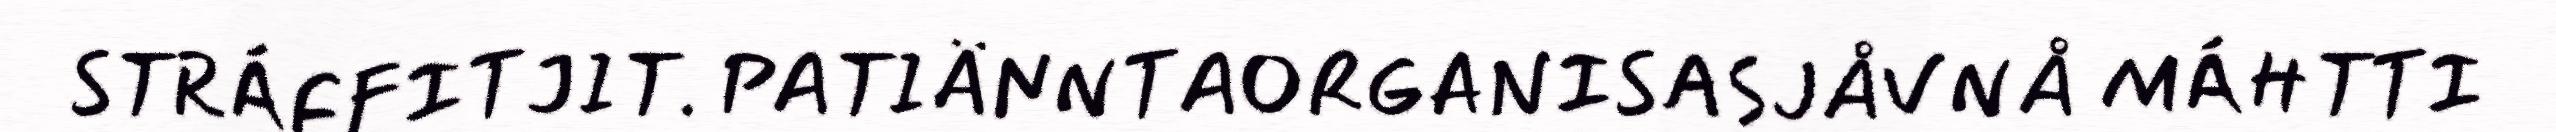
STRÁFFITJIT. PATIÄNNTAORGANISASJÅVNÅ MÁHTTI